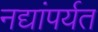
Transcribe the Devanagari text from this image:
नद्यांपर्यत